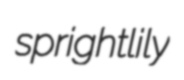
sprightlily